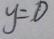
y = 0